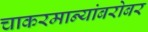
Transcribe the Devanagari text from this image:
चाकरमान्यांबरोबर